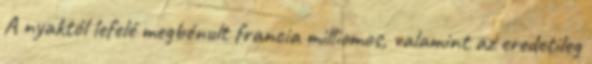
A nyaktól lefelé megbénult francia milliomos, valamint az eredetileg